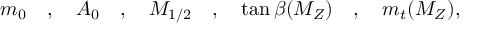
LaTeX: m _ { 0 } \quad , \quad A _ { 0 } \quad , \quad M _ { 1 / 2 } \quad , \quad \tan \beta ( M _ { Z } ) \quad , \quad m _ { t } ( M _ { Z } ) ,